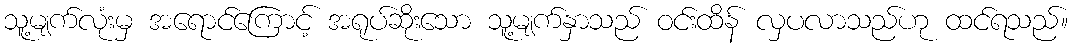
သူ့မျက်လုံးမှ အရောင်ကြောင့် အရုပ်ဆိုးသော သူ့မျက်နှာသည် ဝင်းထိန် လှပလာသည်ဟု ထင်ရသည်။